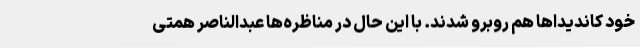
خود کاندیداها هم روبرو شدند. با این حال در مناظره‌ها عبدالناصر همتی